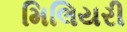
મિલિયરી